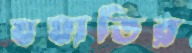
যযাতির